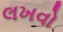
લખવો